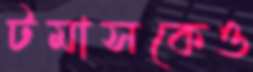
টমাসকেও